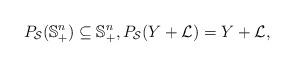
LaTeX: \begin{align*}P_{\mathcal{S}}(\mathbb{S}^n_{+}) \subseteq \mathbb{S}^n_{+}, P_{\mathcal{S}}(Y + \mathcal{L}) = Y + \mathcal{L},\end{align*}